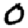
Digit: 0